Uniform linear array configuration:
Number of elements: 24
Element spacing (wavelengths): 0.5
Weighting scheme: blackman
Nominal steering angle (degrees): -30
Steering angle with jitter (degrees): -28.322
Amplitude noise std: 0.05
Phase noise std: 0.05

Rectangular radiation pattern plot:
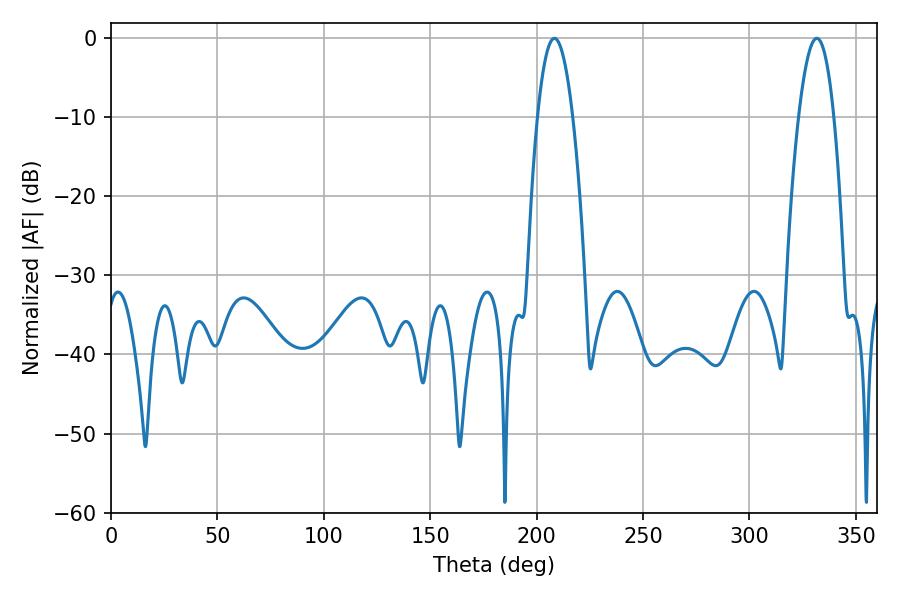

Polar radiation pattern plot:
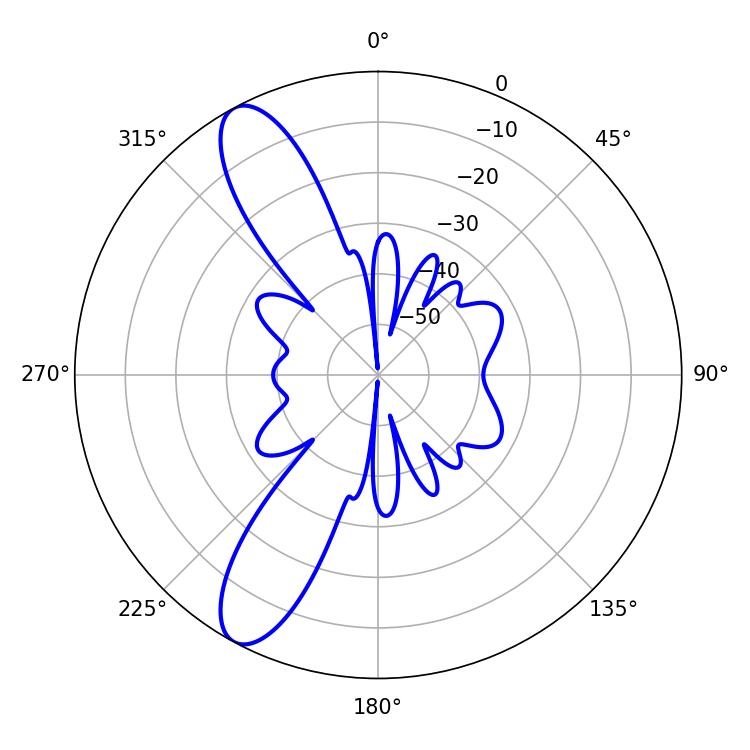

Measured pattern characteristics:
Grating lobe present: FALSE
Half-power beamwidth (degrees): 9
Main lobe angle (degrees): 208.44